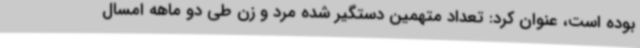
بوده است، عنوان کرد: تعداد متهمین دستگیر شده مرد و زن طی دو ماهه امسال